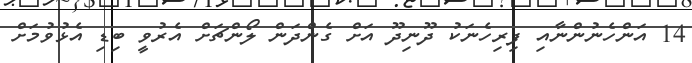
14 އަންހެނުންނާއި ފިރިހެނަކު ދޫނިދޫ އަށް ގެންދަން ލޯންޗަށް އެރުވީ ބިޑި އެޅުވުމަށް